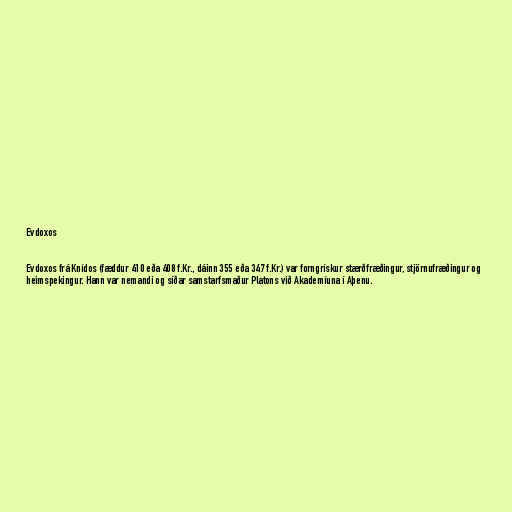
Evdoxos

Evdoxos frá Knídos (fæddur 410 eða 408 f.Kr., dáinn 355 eða 347 f.Kr.) var forngrískur stærðfræðingur, stjörnufræðingur og
heimspekingur. Hann var nemandi og síðar samstarfsmaður Platons við Akademíuna í Aþenu.